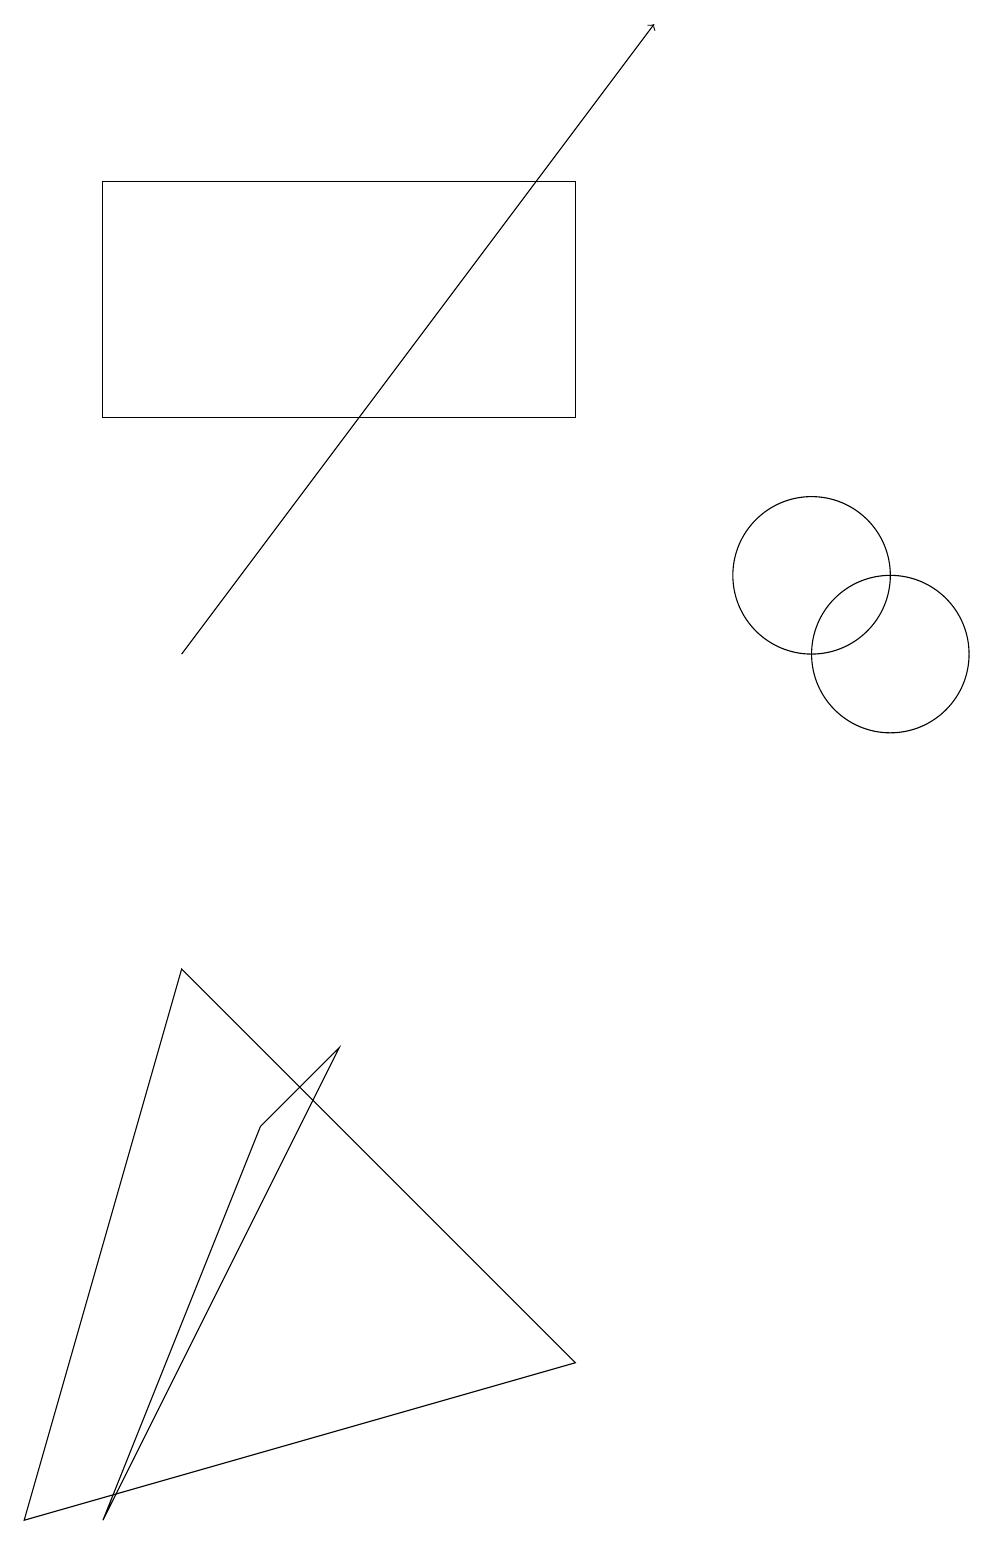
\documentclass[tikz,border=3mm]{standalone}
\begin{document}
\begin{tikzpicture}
\draw (0,0) -- (7,2) -- (2,7) -- cycle;
\draw (1,0) -- (3,5) -- (4,6) -- cycle;
\draw (1,14) rectangle (7,17);
\draw (11,11) circle (1);
\draw (10,12) circle (1);
\draw[->] (2,11) -- (8,19);
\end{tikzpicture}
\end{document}